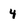
Character: 4